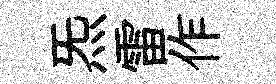
炁雷作